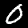
Digit: 0